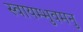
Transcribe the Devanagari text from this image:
स्वायम्भुवमनु